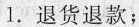
1.退货退款；